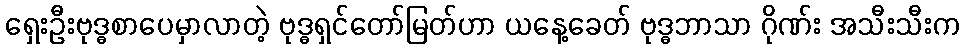
ရှေးဦးဗုဒ္ဓစာပေမှာလာတဲ့ ဗုဒ္ဓရှင်တော်မြတ်ဟာ ယနေ့ခေတ် ဗုဒ္ဓဘာသာ ဂိုဏ်း အသီးသီးက